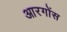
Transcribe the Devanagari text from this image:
आरगोंस